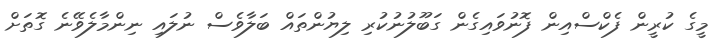
މީގެ ކުރީން ފެކްސްއިން ފޮނުވައިގެން ގަބޫލުނުކުރި ލިޔުންތައް ބަލާވެސް ނުލައި ނިންމާލެވޭނެ ގޮތަށް